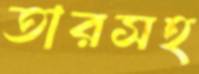
তারসহ